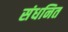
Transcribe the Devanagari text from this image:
संधनित